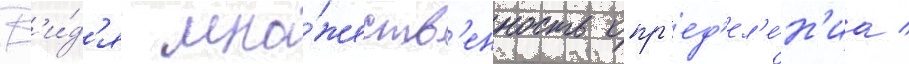
В'и́д'я мно́жеств'енность опр'ед'ел'е́н'иа /